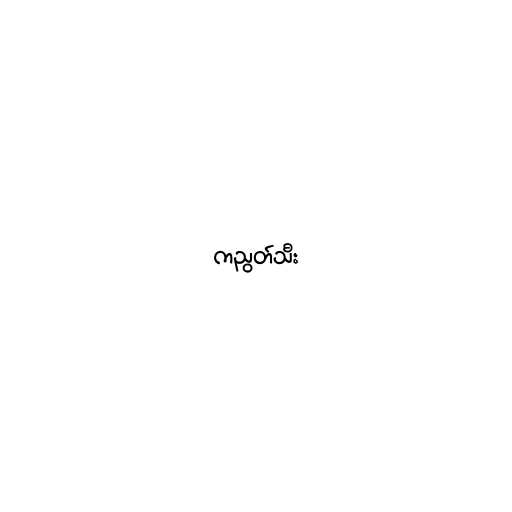
ကညွတ်သီး